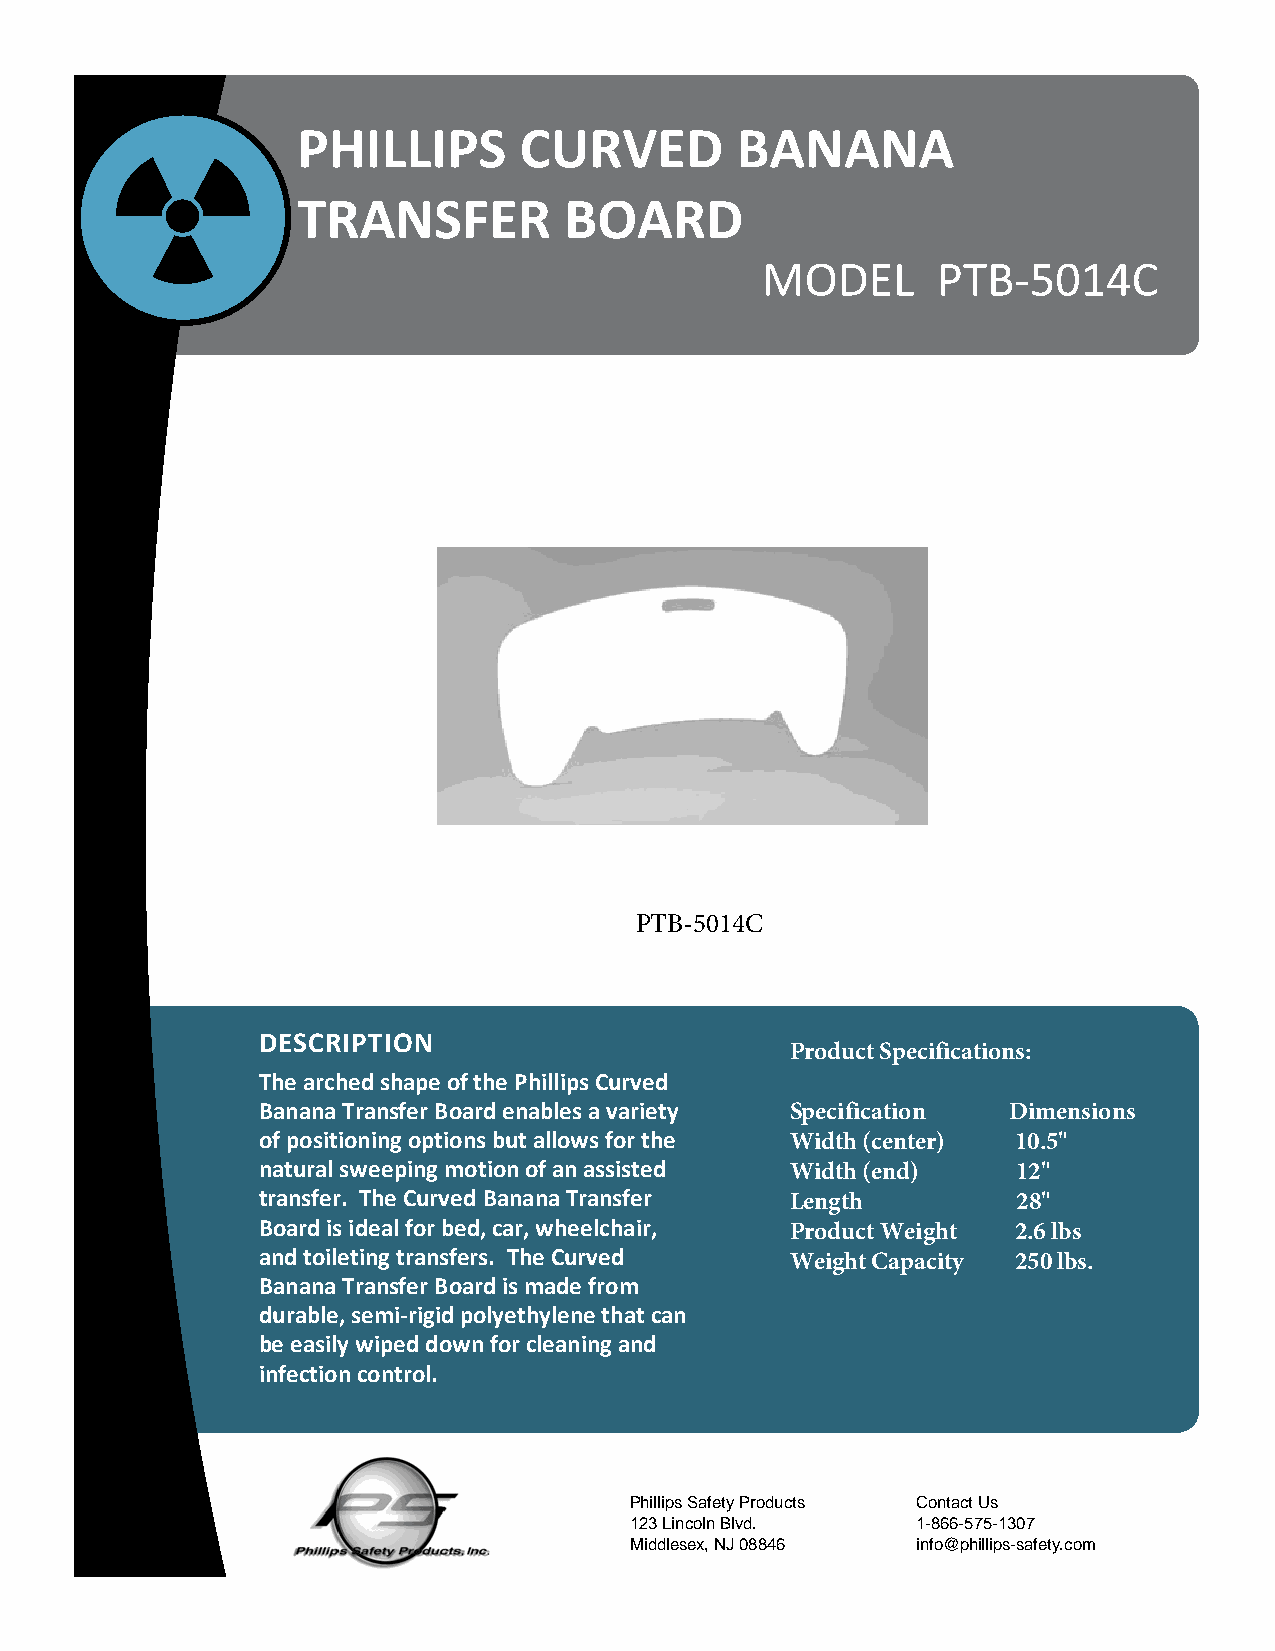
PHILLIPS      CURVED         BANANA
 TRANSFER         BOARD
 MODEL       PTB-5014C
 PTB-5014C
 DESCRIPTION
 Product Specifications:
 The arched shape of the Phillips Curved
 Banana Transfer Board enables a variety Specification Dimensions
 of positioning options but allows for the Width (center) 10.5"
 natural sweeping motion of an assisted Width (end) 12"
 transfer. The Curved Banana Transfer Length       28"
 Board is ideal for bed, car, wheelchair, Product Weight 2.6 lbs
 and toileting transfers. The Curved Weight Capacity 250 lbs.
 Banana Transfer Board is made from
 durable, semi-rigid polyethylene that can
 be easily wiped down for cleaning and
 infection control.
 Phillips Safety Products Contact Us
 123 Lincoln Blvd.  1-866-575-1307
 Middlesex, NJ 08846 info@phillips-safety.com